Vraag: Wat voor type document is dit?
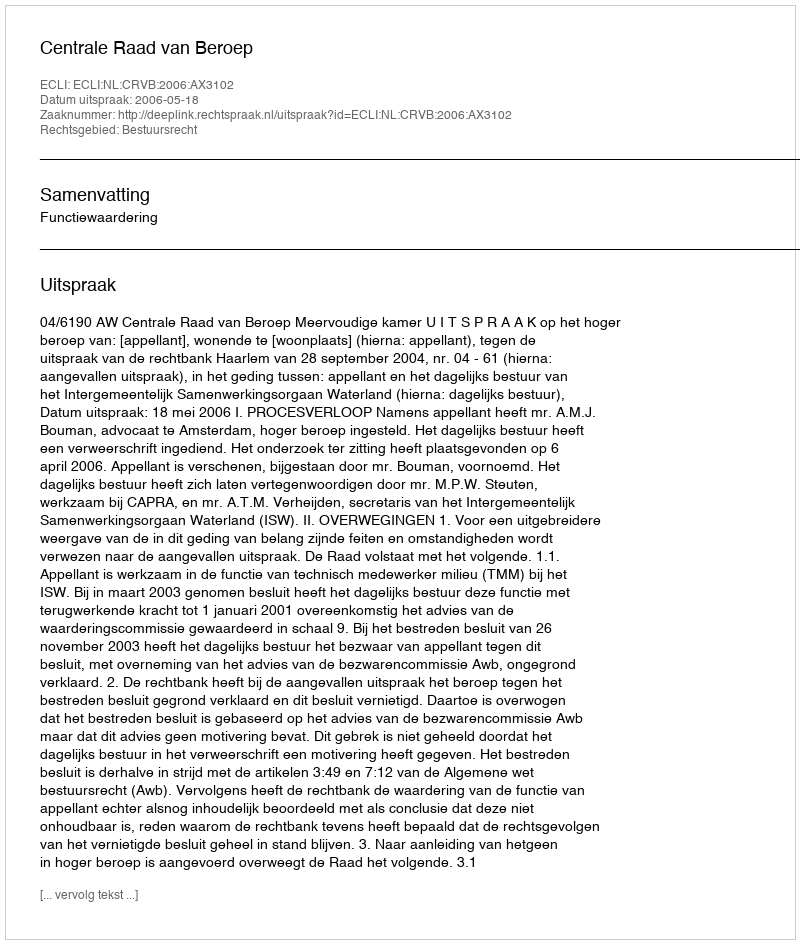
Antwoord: Uitspraak